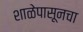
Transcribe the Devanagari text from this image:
शाळेपासूनचा